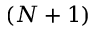
( N + 1 )